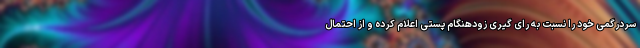
سردرگمی خود را نسبت به رای گیری زودهنگام پستی اعلام کرده و از احتمال